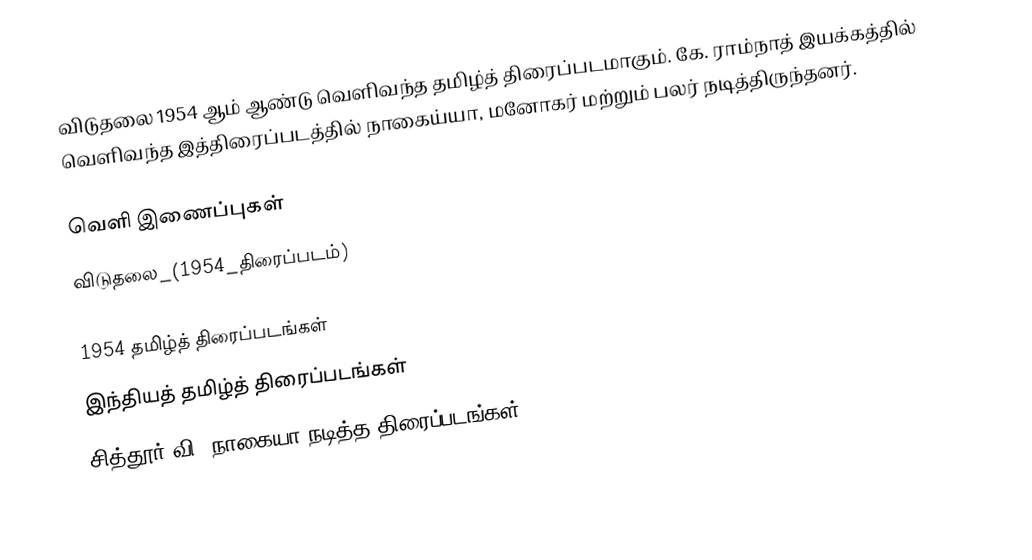
விடுதலை 1954 ஆம் ஆண்டு வெளிவந்த தமிழ்த் திரைப்படமாகும். கே. ராம்நாத் இயக்கத்தில் வெளிவந்த இத்திரைப்படத்தில் நாகைய்யா, மனோகர் மற்றும் பலர் நடித்திருந்தனர்.

வெளி இணைப்புகள்
விடுதலை_(1954_திரைப்படம்)

1954 தமிழ்த் திரைப்படங்கள்
இந்தியத் தமிழ்த் திரைப்படங்கள்
சித்தூர் வி. நாகையா நடித்த திரைப்படங்கள்